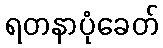
ရတနာပုံခေတ်